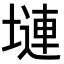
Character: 𪤎